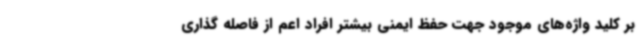
بر کلید واژه‌های موجود جهت حفظ ایمنی بیشتر افراد اعم از فاصله گذاری